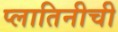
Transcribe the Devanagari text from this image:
प्लातिनीची